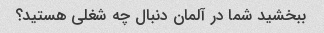
ببخشید شما در آلمان دنبال چه شغلی هستید؟